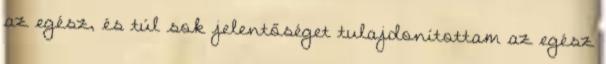
az egész, és túl sok jelentőséget tulajdonítottam az egész